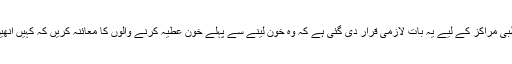
ہندوستان میں قانون کے تحت ہسپتالوں اور طبی مراکز کے لیے یہ بات لازمی قرار دی گئی ہے کہ وہ خون لینے سے پہلے خون عطیہ کرنے والوں کا معائنہ کریں کہ کہیں انھیں ایچ آئی وی، یرقان اور ملیریا تو نہیں ہے ۔